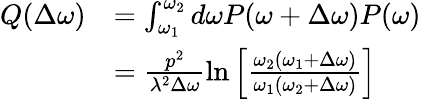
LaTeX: \begin{array}{rl}{Q(\Delta\omega)}&{=\int_{\omega_{1}}^{\omega_{2}}d\omega P(\omega+\Delta\omega)P(\omega)}\\ &{=\frac{p^{2}}{\lambda^{2}\Delta\omega}\ln\left[\frac{\omega_{2}\left(\omega_{1}+\Delta\omega\right)}{\omega_{1}\left(\omega_{2}+\Delta\omega\right)}\right]}\end{array}